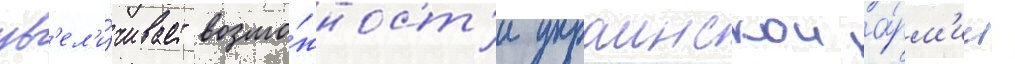
ув'ел'и́чивает возмо́жност'и украинскои а́рм'ии